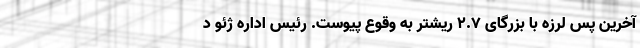
آخرین پس لرزه با بزرگای ۲.۷ ریشتر به وقوع پیوست. رئیس اداره ژئو د